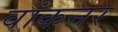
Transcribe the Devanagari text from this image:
वांकनर